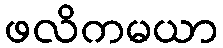
ဖလိကမယာ